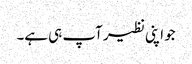
جو اپنی نظیر آپ ہی ہے۔